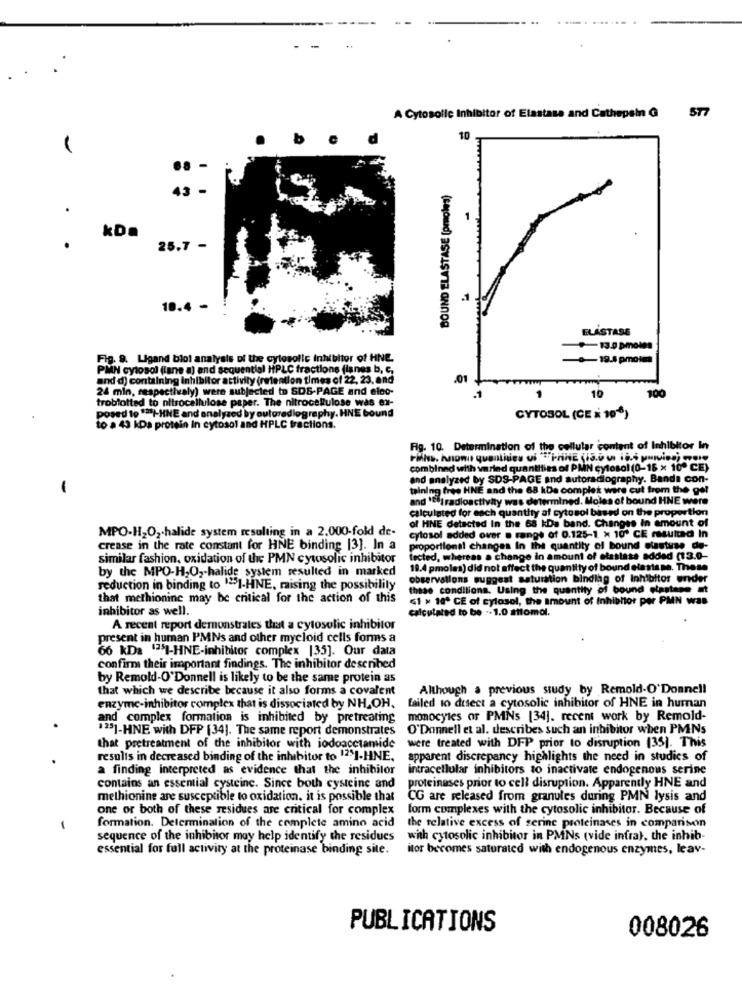
ST
A Cytosolle Inhibitor of Elastasa and Cathepein @
10
43
BOUND ELASTASE (proles)
kD.
25.7 -
.1
18.4 -
ELASTASE
13.0 pmoles
Fig. 9. Ligand blot analysis of the cytesolic Inhibitor of HNE
0-19.8 pmolma
PMN cytosol (lane a) and sequential HPLC fractions flanes b, C,
and d) containing inhibitor activity (retention times of 22, 23, and
.01
24 min, respectivaly) were subjected to SDS-PAGE and eloo-
10
100
troblotted to nitrocellulose paper. The nitrocellulose was ex-
CYTOSOL (CE X 10-8)
posed to Il-HNE and analyzed by outoredlography. HNE bound
to a 43 kDa protein In cytosol and HPLC tractions.
Fig. 10. Determination of the cellular content of Inhibitor In
combined with varied quantities of PAN cytosol (0-16 x 10º CE)
and analyzed by SDS-PAGE and autoradiography. Banda con-
-
taining free HNE and the 68 kDe complet were cut from the gel
and 'iradioactivity was determined. Moles of bound HNE were
calculated for each quantity af cytosol based on the proportion
of HNE detacted In the 68 kDa band. Changes in amount of
MPO-H2O2.halide system resulting in a 2.000-fold de-
cytosol added over a range of 0.125-1 x 10º CE resulted In
crease in the rate constant for HNE binding [3]. In a
proportional changes In the quantity of bound ciastuse de-
similar fashion, oxidation of the PMN cytosolic inhibitor
lected, whereas a change in amount of elastase added (13.0-
by the MPO-H,O ,- halide system resulted in marked
19.4 pmoles) did not affect the quantity of bound elastane. These
observations suggest saturation binding of Inhibitor under
reduction in binding to ""I-HINE, raising the possibility
these conditions. Using the quantity of bound elastane at
that methionine may be critical for the action of this
(1 x 18º CE of cylosol, the amount of inhibitor per PMN was
inhibitor as well.
calculated to be -- 1.0 attomol.
A recent report demonstrates that a cytosolic inhibitor
present in human PMNs and other myeloid cells forms a
66 KD2 4351-HNE-inhibitor complex [35]. Our data
confirm their important findings. The inhibitor desenbed
by Remold-O'Donnell is likely to be the same protein as
that which we describe because it also forms a covalent
Although a previous study by Remold-O'Donnell
enzyme-inhibitor complex that is dissociated by NH,OH,
failed to dusect a cytosolic inhibitor of HNE in human
and complex formation is inhibited by pretreating
monocytes or PMNs [34]. recent work by Remold-
#251-HNE with DFP [34]. The same report demonstrates
O'Donnell et al. describes such an inhibitor when PMNs
that pretreatment of the inhibitor with iodoacetamide
were treated with DFP prior to disruption (35). This
results in decreased binding of the inhibitor to 12I-HNE,
apparent discrepancy highlights the need in studies of
a finding interpreted as evidence that the inhibitor
intracellular inhibitors to inactivate endogenous serine
contains an essential cysteine. Since both cysteine and
proteinases prior to cell disruption. Apparently HNE and
methionine are susceptible to oxidation. it is possible that
CG are released from granules during PMN lysis and
one or both of these residues are critical for complex
form complexes with the cytosolic inhibitor. Because of
-
formation. Determination of the complete amino acid
the relative excess of serine proteinases in comparison
sequence of the inhibitor may help identify the residues
with cytosolic inhibitor in PMNs (vide infra), the inhib-
essential for full activity at the proteinase binding site.
itor becomes saturated with endogenous enzymes, leav-
PUBLICATIONS
008026